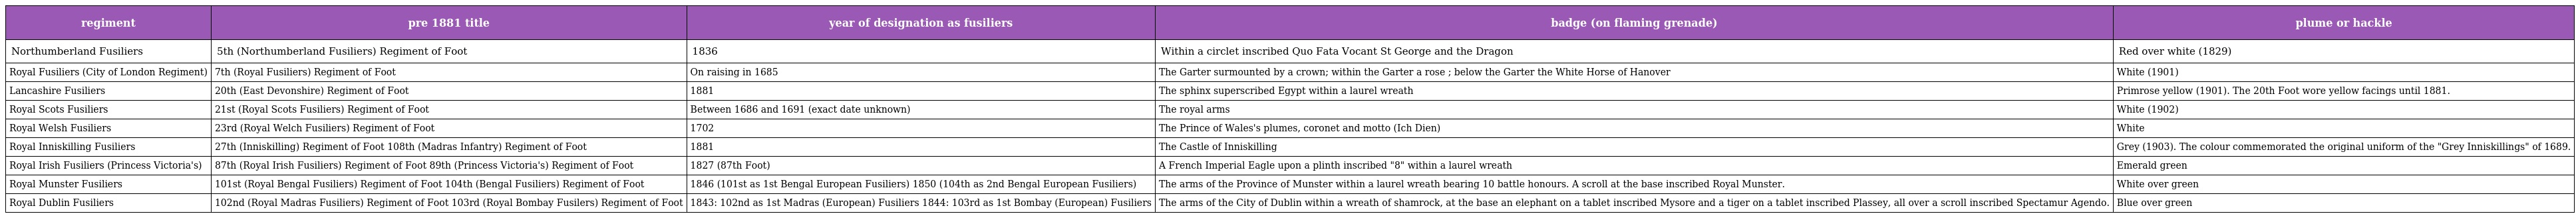
| regiment | pre 1881 title | year of designation as fusiliers | badge (on flaming grenade) | plume or hackle |
 | --- | --- | --- | --- | --- |
 | Northumberland Fusiliers | 5th (Northumberland Fusiliers) Regiment of Foot | 1836 | Within a circlet inscribed Quo Fata Vocant St George and the Dragon | Red over white (1829) |
 | Royal Fusiliers (City of London Regiment) | 7th (Royal Fusiliers) Regiment of Foot | On raising in 1685 | The Garter surmounted by a crown; within the Garter a rose ; below the Garter the White Horse of Hanover | White (1901) |
 | Lancashire Fusiliers | 20th (East Devonshire) Regiment of Foot | 1881 | The sphinx superscribed Egypt within a laurel wreath | Primrose yellow (1901). The 20th Foot wore yellow facings until 1881. |
 | Royal Scots Fusiliers | 21st (Royal Scots Fusiliers) Regiment of Foot | Between 1686 and 1691 (exact date unknown) | The royal arms | White (1902) |
 | Royal Welsh Fusiliers | 23rd (Royal Welch Fusiliers) Regiment of Foot | 1702 | The Prince of Wales's plumes, coronet and motto (Ich Dien) | White |
 | Royal Inniskilling Fusiliers | 27th (Inniskilling) Regiment of Foot 108th (Madras Infantry) Regiment of Foot | 1881 | The Castle of Inniskilling | Grey (1903). The colour commemorated the original uniform of the "Grey Inniskillings" of 1689. |
 | Royal Irish Fusiliers (Princess Victoria's) | 87th (Royal Irish Fusiliers) Regiment of Foot 89th (Princess Victoria's) Regiment of Foot | 1827 (87th Foot) | A French Imperial Eagle upon a plinth inscribed "8" within a laurel wreath | Emerald green |
 | Royal Munster Fusiliers | 101st (Royal Bengal Fusiliers) Regiment of Foot 104th (Bengal Fusiliers) Regiment of Foot | 1846 (101st as 1st Bengal European Fusiliers) 1850 (104th as 2nd Bengal European Fusiliers) | The arms of the Province of Munster within a laurel wreath bearing 10 battle honours. A scroll at the base inscribed Royal Munster. | White over green |
 | Royal Dublin Fusiliers | 102nd (Royal Madras Fusiliers) Regiment of Foot 103rd (Royal Bombay Fusilers) Regiment of Foot | 1843: 102nd as 1st Madras (European) Fusiliers 1844: 103rd as 1st Bombay (European) Fusiliers | The arms of the City of Dublin within a wreath of shamrock, at the base an elephant on a tablet inscribed Mysore and a tiger on a tablet inscribed Plassey, all over a scroll inscribed Spectamur Agendo. | Blue over green |